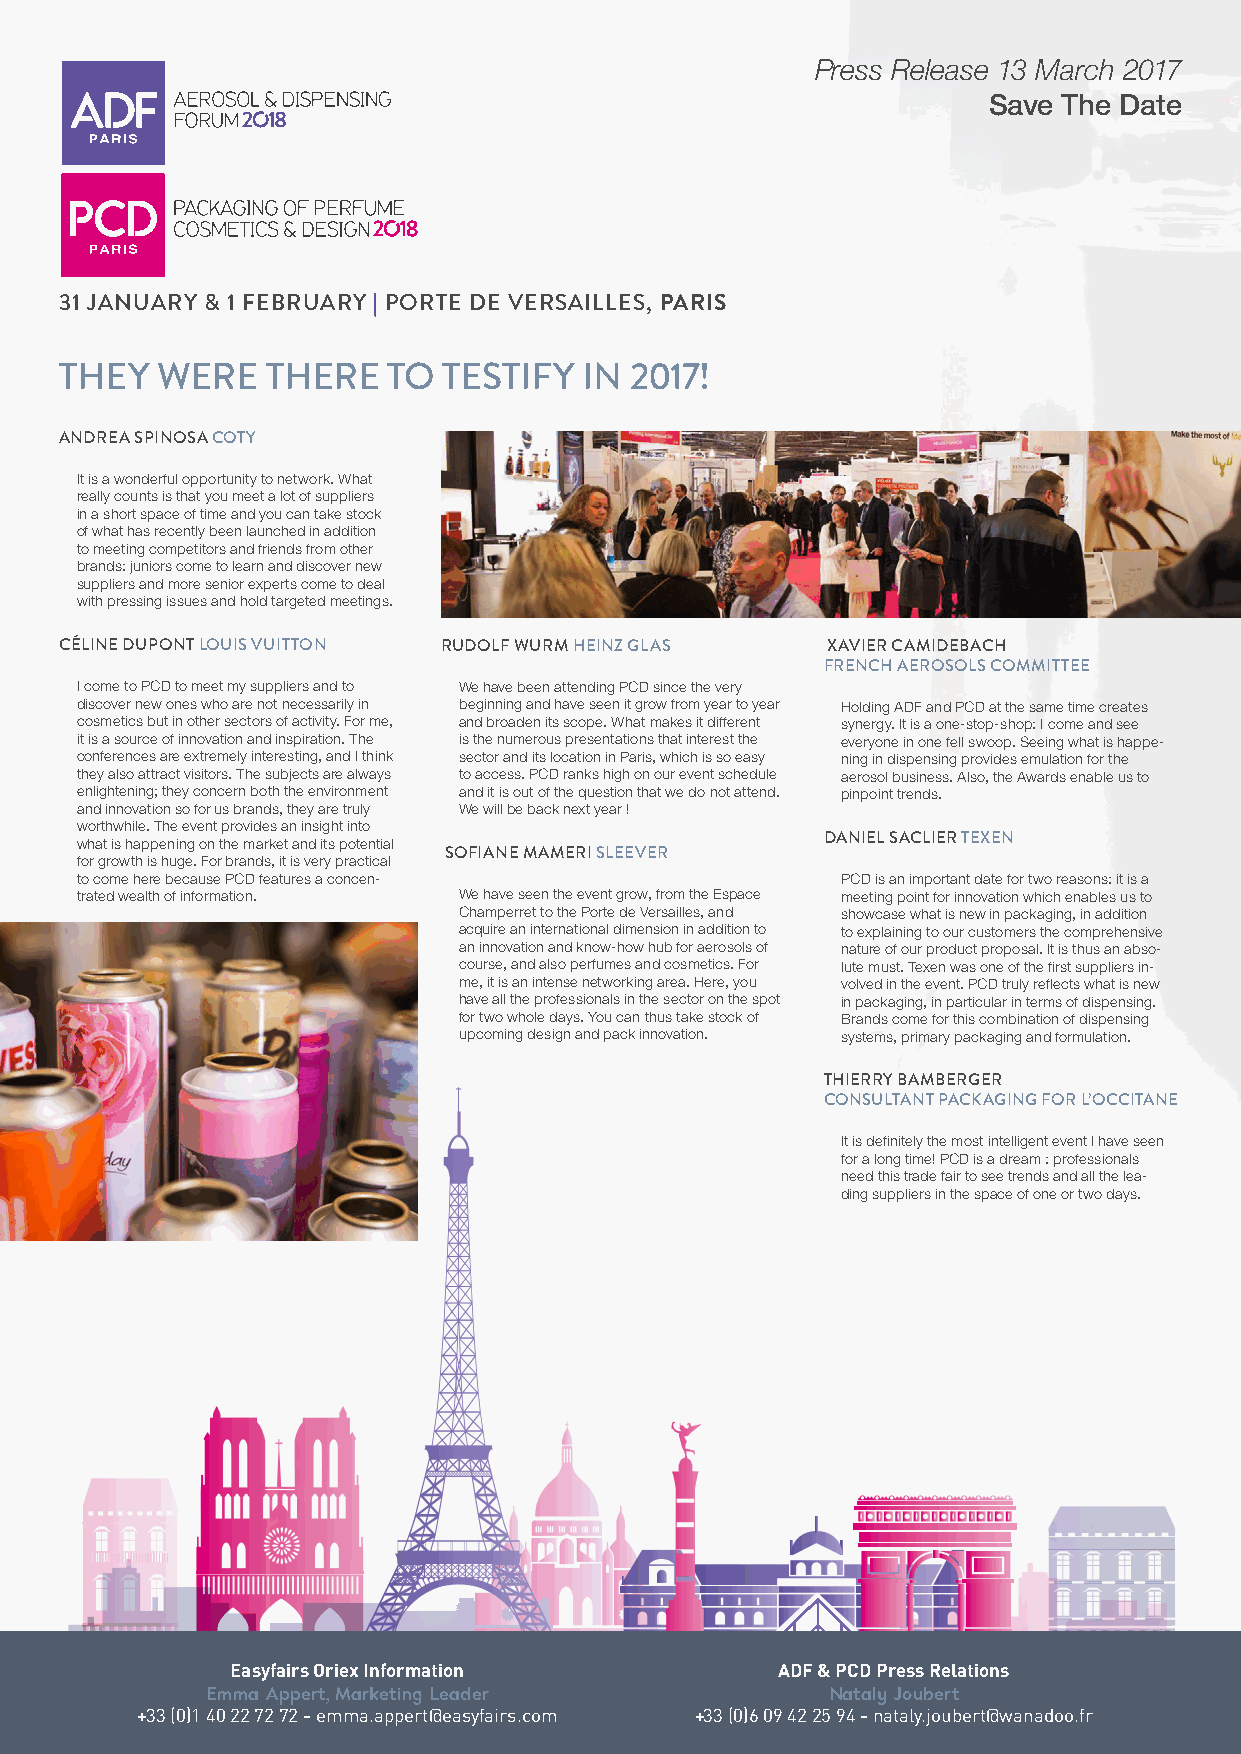
Press Release 13 March 2017
 Save The Date
 31 JANUARY & 1 FEBRUARY | PORTE DE VERSAILLES, PARIS
 THEY  WERE    THERE   TO TESTIFY   IN 2017!
 ANDREA SPINOSA COTY
 It is a wonderful opportunity to network. What
 really counts is that you meet a lot of suppliers
 in a short space of time and you can take stock
 of what has recently been launched in addition
 to meeting competitors and friends from other
 brands: juniors come to learn and discover new
 suppliers and more senior experts come to deal
 with pressing issues and hold targeted meetings.
 CÉLINE DUPONT LOUIS VUITTON RUDOLF WURM HEINZ GLAS XAVIER CAMIDEBACH
 FRENCH AEROSOLS COMMITTEE
 I come to PCD to meet my suppliers and to We have been attending PCD since the very
 discover new ones who are not necessarily in beginning and have seen it grow from year to year Holding ADF and PCD at the same time creates
 cosmetics but in other sectors of activity. For me, and broaden its scope. What makes it different synergy. It is a one-stop-shop: I come and see
 it is a source of innovation and inspiration. The is the numerous presentations that interest the everyone in one fell swoop. Seeing what is happe-
 conferences are extremely interesting, and I think sector and its location in Paris, which is so easy ning in dispensing provides emulation for the
 they also attract visitors. The subjects are always to access. PCD ranks high on our event schedule aerosol business. Also, the Awards enable us to
 enlightening; they concern both the environment and it is out of the question that we do not attend. pinpoint trends.
 and innovation so for us brands, they are truly We will be back next year !
 worthwhile. The event provides an insight into
 what is happening on the market and its potential DANIEL SACLIER TEXEN
 SOFIANE MAMERI SLEEVER
 for growth is huge. For brands, it is very practical
 to come here because PCD features a concen-        PCD is an important date for two reasons: it is a
 trated wealth of information. We have seen the event grow, from the Espace meeting point for innovation which enables us to
 Champerret to the Porte de Versailles, and showcase what is new in packaging, in addition
 acquire an international dimension in addition to to explaining to our customers the comprehensive
 an innovation and know-how hub for aerosols of nature of our product proposal. It is thus an abso-
 course, and also perfumes and cosmetics. For lute must. Texen was one of the first suppliers in-
 me, it is an intense networking area. Here, you volved in the event. PCD truly reflects what is new
 have all the professionals in the sector on the spot in packaging, in particular in terms of dispensing.
 for two whole days. You can thus take stock of Brands come for this combination of dispensing
 upcoming design and pack innovation. systems, primary packaging and formulation.
 THIERRY BAMBERGER
 CONSULTANT PACKAGING FOR L’OCCITANE
 It is definitely the most intelligent event I have seen
 for a long time! PCD is a dream : professionals
 need this trade fair to see trends and all the lea-
 ding suppliers in the space of one or two days.
 Easyfairs Oriex Information         ADF & PCD Press Relations
 Emma Appert, Marketing Leader            Nataly Joubert
 +33 (0)1 40 22 72 72 - emma.appert@easyfairs.com +33 (0)6 09 42 25 94 - nataly.joubert@wanadoo.fr